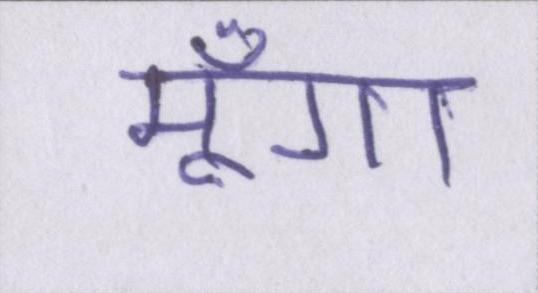
मूँगा